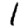
Digit: 1